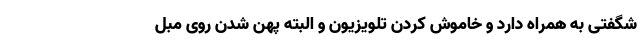
شگفتی به همراه دارد و خاموش کردن تلویزیون و البته پهن شدن روی مبل